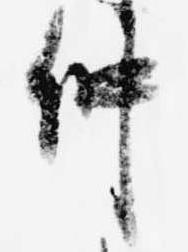
仲